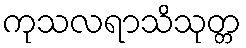
ကုသလရာသိသုတ္တ